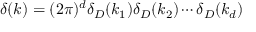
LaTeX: \delta ( k ) = ( 2 \pi ) ^ { d } \delta _ { D } ( k _ { 1 } ) \delta _ { D } ( k _ { 2 } ) \cdots \delta _ { D } ( k _ { d } )